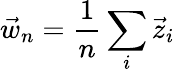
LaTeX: \vec{w}_{n}=\frac{1}{n}\sum_{i}\vec{z}_{i}